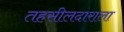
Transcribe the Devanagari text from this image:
तहसीलदाराला